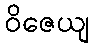
ဝိဇေယျ